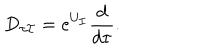
D _ { \tau \cal I } = e ^ { U _ { \cal I } } \frac { d } { d \tau } .